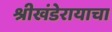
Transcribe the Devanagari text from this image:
श्रीखंडेरायाचा